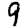
Digit: 9